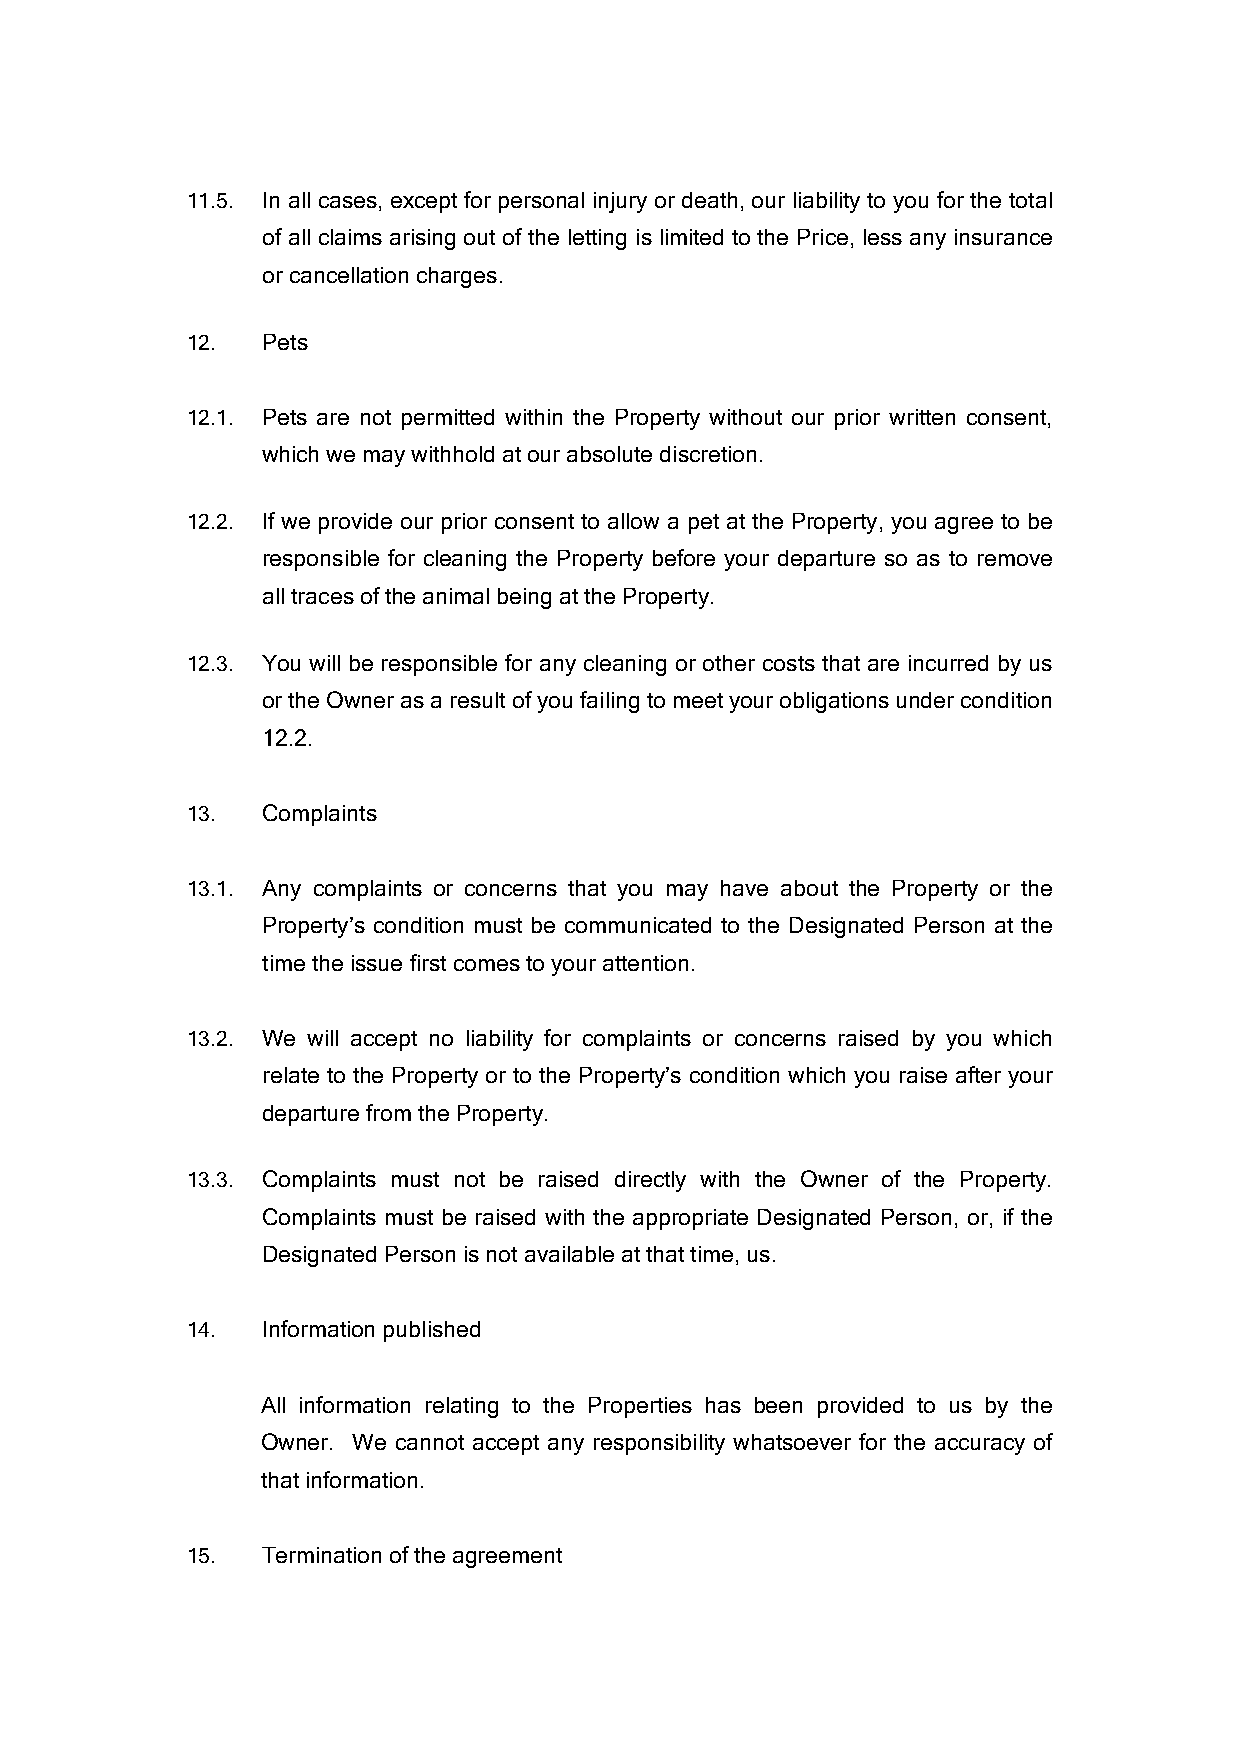
11.5. In all cases, except for personal injury or death, our liability to you for the total
 of all claims arising out of the letting is limited to the Price, less any insurance
 or cancellation charges.
 12.  Pets
 12.1. Pets are not permitted within the Property without our prior written consent,
 which we may withhold at our absolute discretion.
 12.2. If we provide our prior consent to allow a pet at the Property, you agree to be
 responsible for cleaning the Property before your departure so as to remove
 all traces of the animal being at the Property.
 12.3. You will be responsible for any cleaning or other costs that are incurred by us
 or the Owner as a result of you failing to meet your obligations under condition
 12.2.
 13.  Complaints
 13.1. Any complaints or concerns that you may have about the Property or the
 Property’s condition must be communicated to the Designated Person at the
 time the issue first comes to your attention.
 13.2. We will accept no liability for complaints or concerns raised by you which
 relate to the Property or to the Property’s condition which you raise after your
 departure from the Property.
 13.3. Complaints must not be raised directly with the Owner of the Property.
 Complaints must be raised with the appropriate Designated Person, or, if the
 Designated Person is not available at that time, us.
 14.  Information published
 All information relating to the Properties has been provided to us by the
 Owner. We cannot accept any responsibility whatsoever for the accuracy of
 that information.
 15.  Termination of the agreement